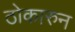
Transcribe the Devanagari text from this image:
ठोकारुन